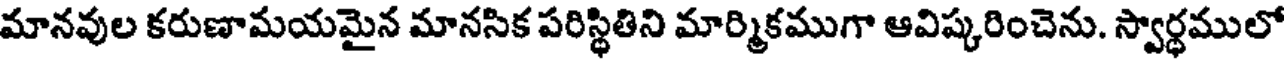
మానవుల కరుణామయమైన మానసిక పరిస్థితిని మార్మికముగా ఆవిష్కరించెను. స్వార్ధములో